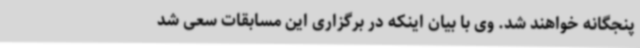
پنجگانه خواهند شد. وی با بیان اینکه در برگزاری این مسابقات سعی شد